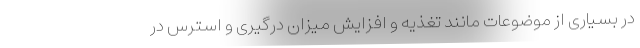
در بسیاری از موضوعات مانند تغذیه و افزایش میزان درگیری و استرس در